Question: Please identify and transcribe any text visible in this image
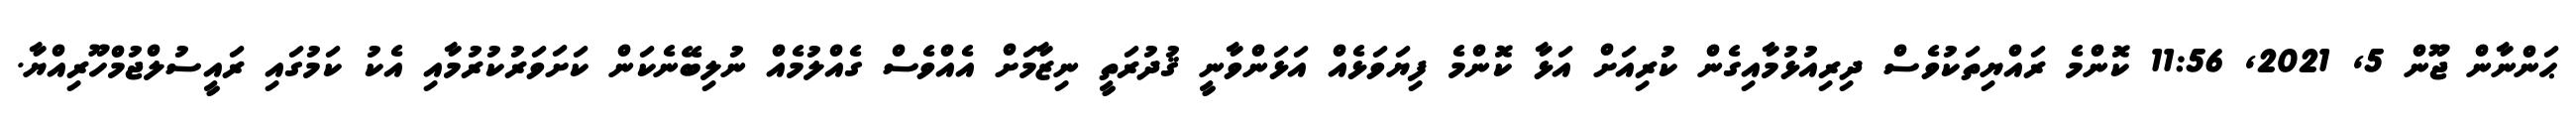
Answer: ޙަންނާން ޖޫން 5, 2021, 11:56 ކޮންމެ ރައްޔިތަކުވެސް ދިރިއުޅުމާއިގެން ކުރިއަށް އަޅާ ކޮންމެ ފިޔަވަޅެއް އަޅަންވާނީ ޤުދުރަތީ ނިޒާމަށް އެއްވެސް ގެއްލުމެއް ނުލިބޭނެކަން ކަށަވަރުކުރުމާއި އެކު ކަމުގައި ރައީސުލްޖުމްހޫރިއްޔާ.